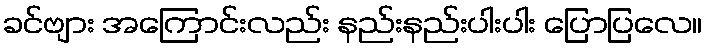
ခင်ဗျား အကြောင်းလည်း နည်းနည်းပါးပါး ပြောပြလေ။